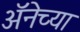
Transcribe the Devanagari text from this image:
अॅनेच्या